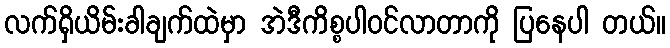
လက်ရှိယိမ်းခါချက်ထဲမှာ အဲဒီကိစ္စပါဝင်လာတာကို ပြနေပါ တယ်။